Annual report of the Punjab Veterinary College and of the Civil Veterinary Department, Punjab - 1920-1925
Year: 1920
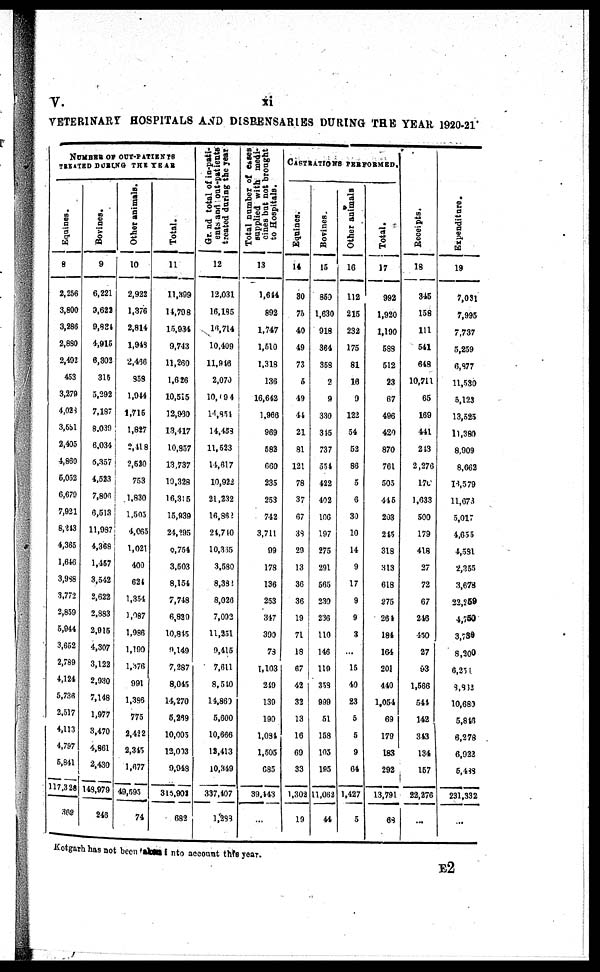
V.
xi
VETERINARY HOSPITALS A N D DISPENSARIES DURING T H E YEAR 1920-21
NUMBER OF OUT-PATIENTS
TREATED DURING THE YEAR.
Equines.
8
2, 256
3, 800
3, 286
2, 830
2, 492
453
3, 279
4, 028
3, 551
2, 405
4, 860
6, 052
6, 670
7, 921
8, 243
4, 365
1, 646
3, 988
3, 772
2, 859
5, 944
3, 652
2, 789
4, 124
5, 736
2, 517
4, 113
4, 797
5, 841
117, 328
362
Bovines.
9
6, 221
3, 622
9, 834
4, 915
6, 302
315
5, 292
7, 187
8, 039
6, 034
6, 357
4, 523
7, 806
6, 513
11, 987
4, 368
1, 457
3, 542
2, 622
2, 883
2, 915
4, 307
3, 122
2, 930
7, 148
1, 977
3, 470
4, 861
2, 430
149, 979
246
Other animals.
10
2, 922
1, 376
2, 814
1, 948
2, 466
858
1, 944
1, 715
1, 827
2, 418
2, 520
753
1, 830
1, 505
4, 065
1, 021
400
624
1, 354
1, 087
1, 986
1, 190
1, 376
991
1, 386
775
2, 422
2, 345
1, 677
49, 595
74
Total.
11
11, 399
14, 798
15, 934
9, 713
11, 260
1, 626
10, 515
12, 930
13, 417
10, 857
13, 737
10, 328
16, 315
15, 939
24, 295
0, 754
3, 503
8, 154
7, 748
6, 829
10, 845
9, 149
7, 287
8, 045
14, 270
5, 269
10, 005
12, 003
9, 948
315, 902
682
Grand
total of in-pati-
ents and out-patients
treated during
the year
12
12, 031
16, 185
16, 714
10, 409
11, 916
2, 070
10, 194
14, 851
14, 458
11, 523
14, 617
10, 922
21, 232
16,862
24, 710
10, 365
3, 580
8, 382
8, 026
7, 092
11, 251
9, 415
7, 611
8, 510
14, 860
5, 600
10, 666
18, 413
10, 319
337, 407
1, 288
Total number of cases
supplied with medi-
cines but not brought
to Hospitals.
13
1, 644
892
1, 747
1, 510
1, 318
136
16, 642
1, 966
969
582
660
235
253
742
3, 711
99
178
136
253
347
390
78
1, 103
249
139
190
1, 091
1, 505
685
39, 143
...
CASTRATI ONS PERFORMED.
Equines.
14
30
75
40
49
73
5
49
41
21
81
121
78
37
67
38
29
13
36
36
19
71
18
67
42
32
13
16
69
33
1, 302
19
Bovines.
15
850
1, 630
918
364
358
2
9
330
345
737
554
422
402
106
197
275
291
565
230
236
110
146
119
358
990
51
158
105
195
11,062
44
Other animals
16
112
215
232
175
81
16
9
122
54
52
86
5
6
30
10
14
9
17
9
9
3
15
40
23
5
5
9
64
1, 427
5
Total.
17
992
1, 920
1, 190
588
512
23
67
496
420
870
761
505
445
203
215
318
313
618
275
264
184
164
201
440
1, 054
69
179
183
292
13, 791
68
Receipts.
18
345
158
111
541
648
10, 711
65
169
441
243
2, 276
170
1, 633
500
179
418
27
72
67
246
450
27
93
1, 566
544
142
343
134
157
22, 276
...
Expenditure.
19
7, 031
7, 995
7, 737
5, 259
6, 877
11, 530
5, 123
13, 525
11, 380
8, 909
8, 062
16, 579
11, 673
5, 017
4, 655
4, 581
2, 355
3, 678
22, 259
4, 750
3, 788
8, 200
6, 254
8,862
10, 680
5, 846
6, 278
6, 922
5,488
231, 332
...
Kot garh has n o t been about into account this year.
E2